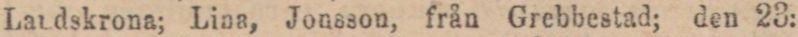
Landskrona; Lina, Jonsson, från Grebbestad; den 23: